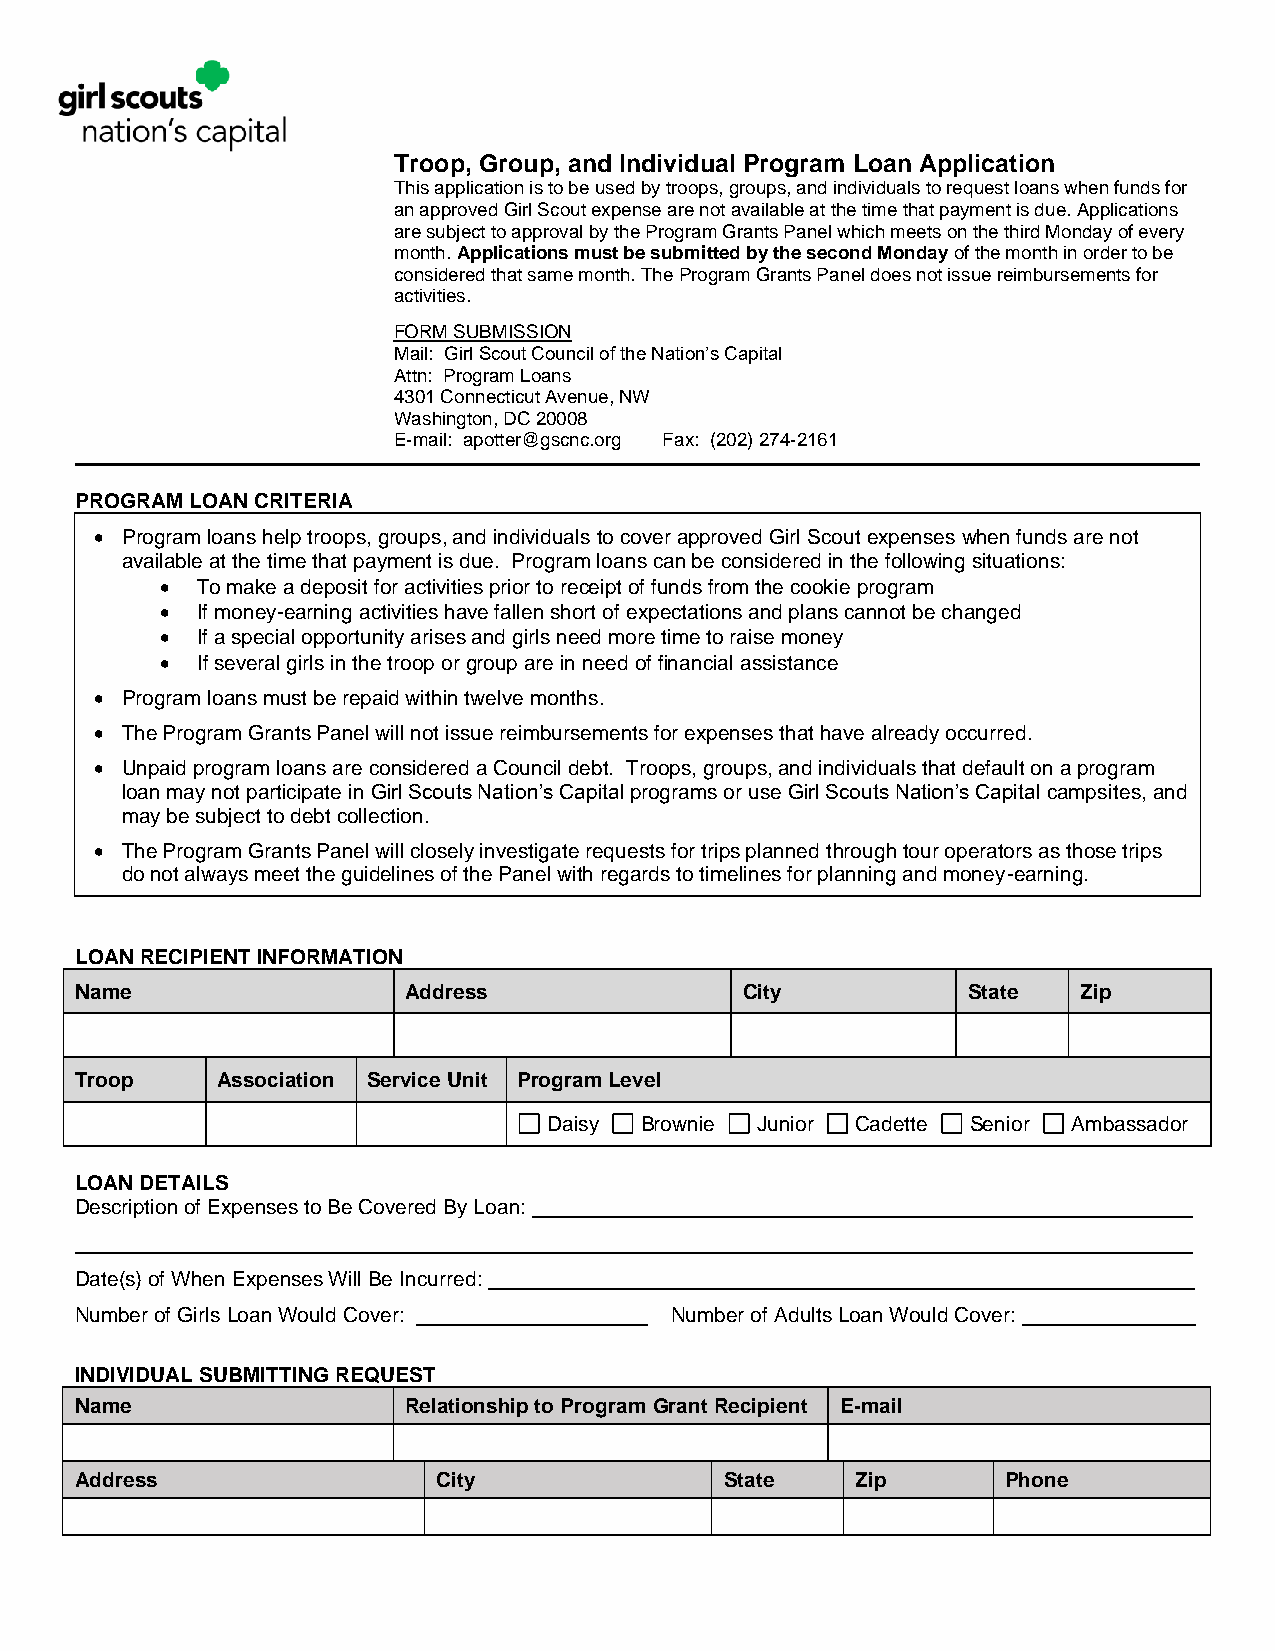
Troop, Group, and Individual Program Loan Application
 This application is to be used by troops, groups, and individuals to request loans when funds for
 an approved Girl Scout expense are not available at the time that payment is due. Applications
 are subject to approval by the Program Grants Panel which meets on the third Monday of every
 month. Applications must be submitted by the second Monday of the month in order to be
 considered that same month. The Program Grants Panel does not issue reimbursements for
 activities.
 FORM SUBMISSION
 Mail: Girl Scout Council of the Nation’s Capital
 Attn: Program Loans
 4301 Connecticut Avenue, NW
 Washington, DC 20008
 E-mail: apotter@gscnc.org Fax: (202) 274-2161
 PROGRAM LOAN CRITERIA
 • Program loans help troops, groups, and individuals to cover approved Girl Scout expenses when funds are not
 available at the time that payment is due. Program loans can be considered in the following situations:
 • To make a deposit for activities prior to receipt of funds from the cookie program
 • If money-earning activities have fallen short of expectations and plans cannot be changed
 • If a special opportunity arises and girls need more time to raise money
 • If several girls in the troop or group are in need of financial assistance
 • Program loans must be repaid within twelve months.
 • The Program Grants Panel will not issue reimbursements for expenses that have already occurred.
 • Unpaid program loans are considered a Council debt. Troops, groups, and individuals that default on a program
 loan may not participate in Girl Scouts Nation’s Capital programs or use Girl Scouts Nation’s Capital campsites, and
 may be subject to debt collection.
 • The Program Grants Panel will closely investigate requests for trips planned through tour operators as those trips
 do not always meet the guidelines of the Panel with regards to timelines for planning and money-earning.
 LOAN RECIPIENT INFORMATION
 Name                  Address               City           State   Zip
 Troop    Association Service Unit Program Level
 Daisy Brownie Junior Cadette Senior Ambassador
 LOAN DETAILS
 Description of Expenses to Be Covered By Loan:
 Date(s) of When Expenses Will Be Incurred:
 Number of Girls Loan Would Cover:      Number of Adults Loan Would Cover:
 INDIVIDUAL SUBMITTING REQUEST
 Name                  Relationship to Program Grant Recipient E-mail
 Address                 City               State    Zip       Phone